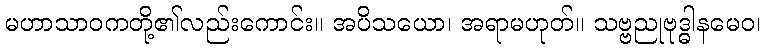
မဟာသာဝကတို့၏လည်းကောင်း။ အပိသယော၊ အရာမဟုတ်။ သဗ္ဗညုဗုဒ္ဓါနမေဝ၊